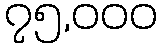
၇၅,၀၀၀